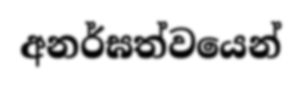
අනර්ඝත්වයෙන්